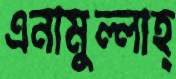
এনামুল্লাহ্